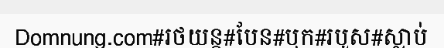
Domnung.com#រថយន្ត#បែន#បុក#របួស#ស្លាប់